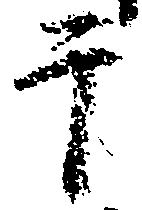
于